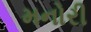
મનોરી